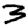
Digit: 3